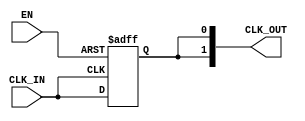
module clock_buffer #(
    parameter NUM_OUTPUTS = 2  // Number of buffered outputs
) (
    input wire CLK_IN,          // Input clock signal
    input wire EN,              // Enable signal
    output reg [NUM_OUTPUTS-1:0] CLK_OUT  // Buffered clock outputs
);

    initial begin
        CLK_OUT = 0;  // Initialize clock outputs to low
    end

    always @(posedge CLK_IN or negedge EN) begin
        if (!EN) begin
            CLK_OUT <= 0; // If EN is low, hold output at low
        end else begin
            // Buffer the clock output
            CLK_OUT <= {NUM_OUTPUTS{CLK_IN}};
        end
    end

endmodule